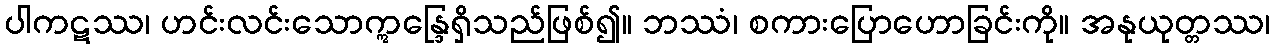
ပါကဋဿ၊ ဟင်းလင်းသောဣန္ဒြေရှိသည်ဖြစ်၍။ ဘဿံ၊ စကားပြောဟောခြင်းကို။ အနုယုတ္တဿ၊